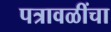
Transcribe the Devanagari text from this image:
पत्रावळींचा